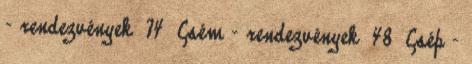
- rendezvények 74 Csém - rendezvények 48 Csép -